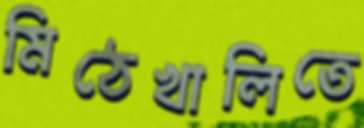
মিঠেখালিতে